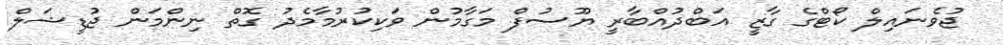
ޖުވެނައިލް ކޯޓްގެ ގާޒީ އަބްދުއްބާރީ ޔޫސުފް މަގާމުން ވަކިކުރުމާމެދު ގޮތް ނިންމަން ޖުޑީޝަލް